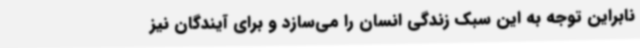
نابراین توجه به این سبک زندگی انسان را می‌سازد و برای آیندگان نیز